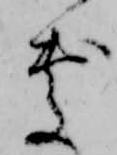
処